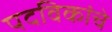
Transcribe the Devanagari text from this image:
पदविकांचे